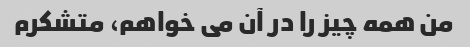
من همه چیز را در آن می خواهم، متشکرم